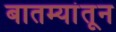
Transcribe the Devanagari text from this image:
बातम्यांतून